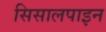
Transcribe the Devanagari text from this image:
सिसालपाइन